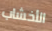
الأخشاب